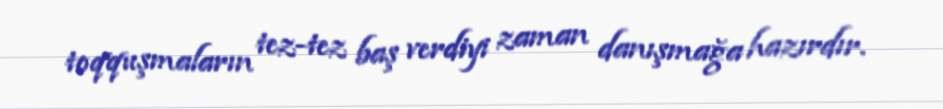
toqquşmaların tez-tez baş verdiyi zaman danışmağa hazırdır.